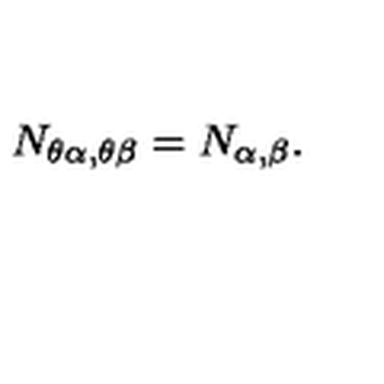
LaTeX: N _ { \theta \alpha , \theta \beta } = N _ { \alpha , \beta } .